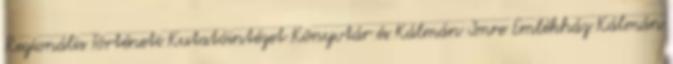
Regionális Történeti Kutatóintézet Könyvtár és Kálmán Imre Emlékház Kálmán